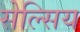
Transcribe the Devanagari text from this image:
सेल्सिय